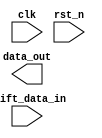
module PISO_left_shift (
    input clk,
    input rst_n,
    output reg [15:0] data_out,
    input [15:0] shift_data_in
);

// Implement shifting logic for PISO left mode

endmodule